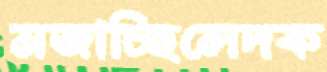
মজাচ্ছিলেদক